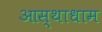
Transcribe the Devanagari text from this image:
आस्थाधाम